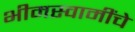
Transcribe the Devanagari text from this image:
भीमस्वामींचे